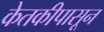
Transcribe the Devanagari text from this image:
केतकीपासून